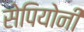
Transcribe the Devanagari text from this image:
सेपियोनी